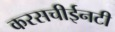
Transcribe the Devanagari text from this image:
करसचीईनटी